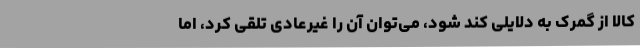
کالا از گمرک به دلایلی کند شود، می‌توان آن را غیرعادی تلقی کرد، اما